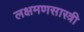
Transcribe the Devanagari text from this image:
लक्षमणसास्त्री